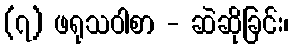
(၇) ဖရုသဝါစာ - ဆဲဆိုခြင်း၊